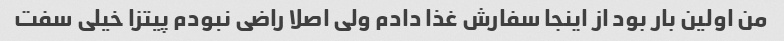
من اولین بار بود از اینجا سفارش غذا دادم ولی اصلا راضی نبودم پیتزا خیلی سفت